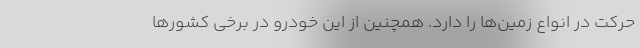
حرکت در انواع زمین‌ها را دارد. همچنین از این خودرو در برخی کشورها